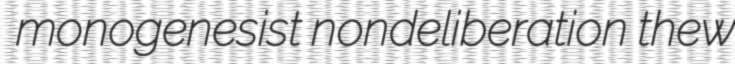
monogenesist nondeliberation thew